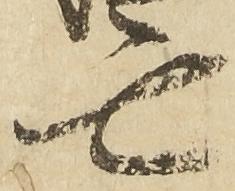
亡